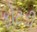
ફોટડી